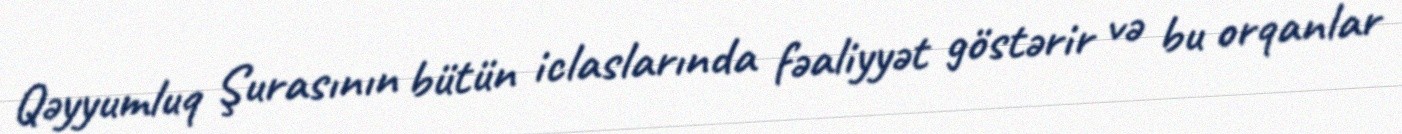
Qəyyumluq Şurasının bütün iclaslarında fəaliyyət göstərir və bu orqanlar